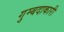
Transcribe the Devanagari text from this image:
गुम्बदाकारी